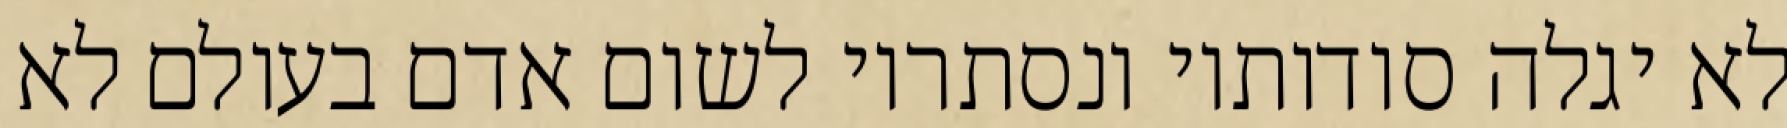
לא יגלה סודותיו ונסתריו לשום אדם בעולם לא